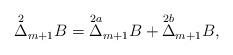
LaTeX: \begin{align*} \overset{2}{\Delta}_{m+1}B=\overset{2a}{\Delta}_{m+1}B+\overset{2b}{\Delta}_{m+1}B,\end{align*}